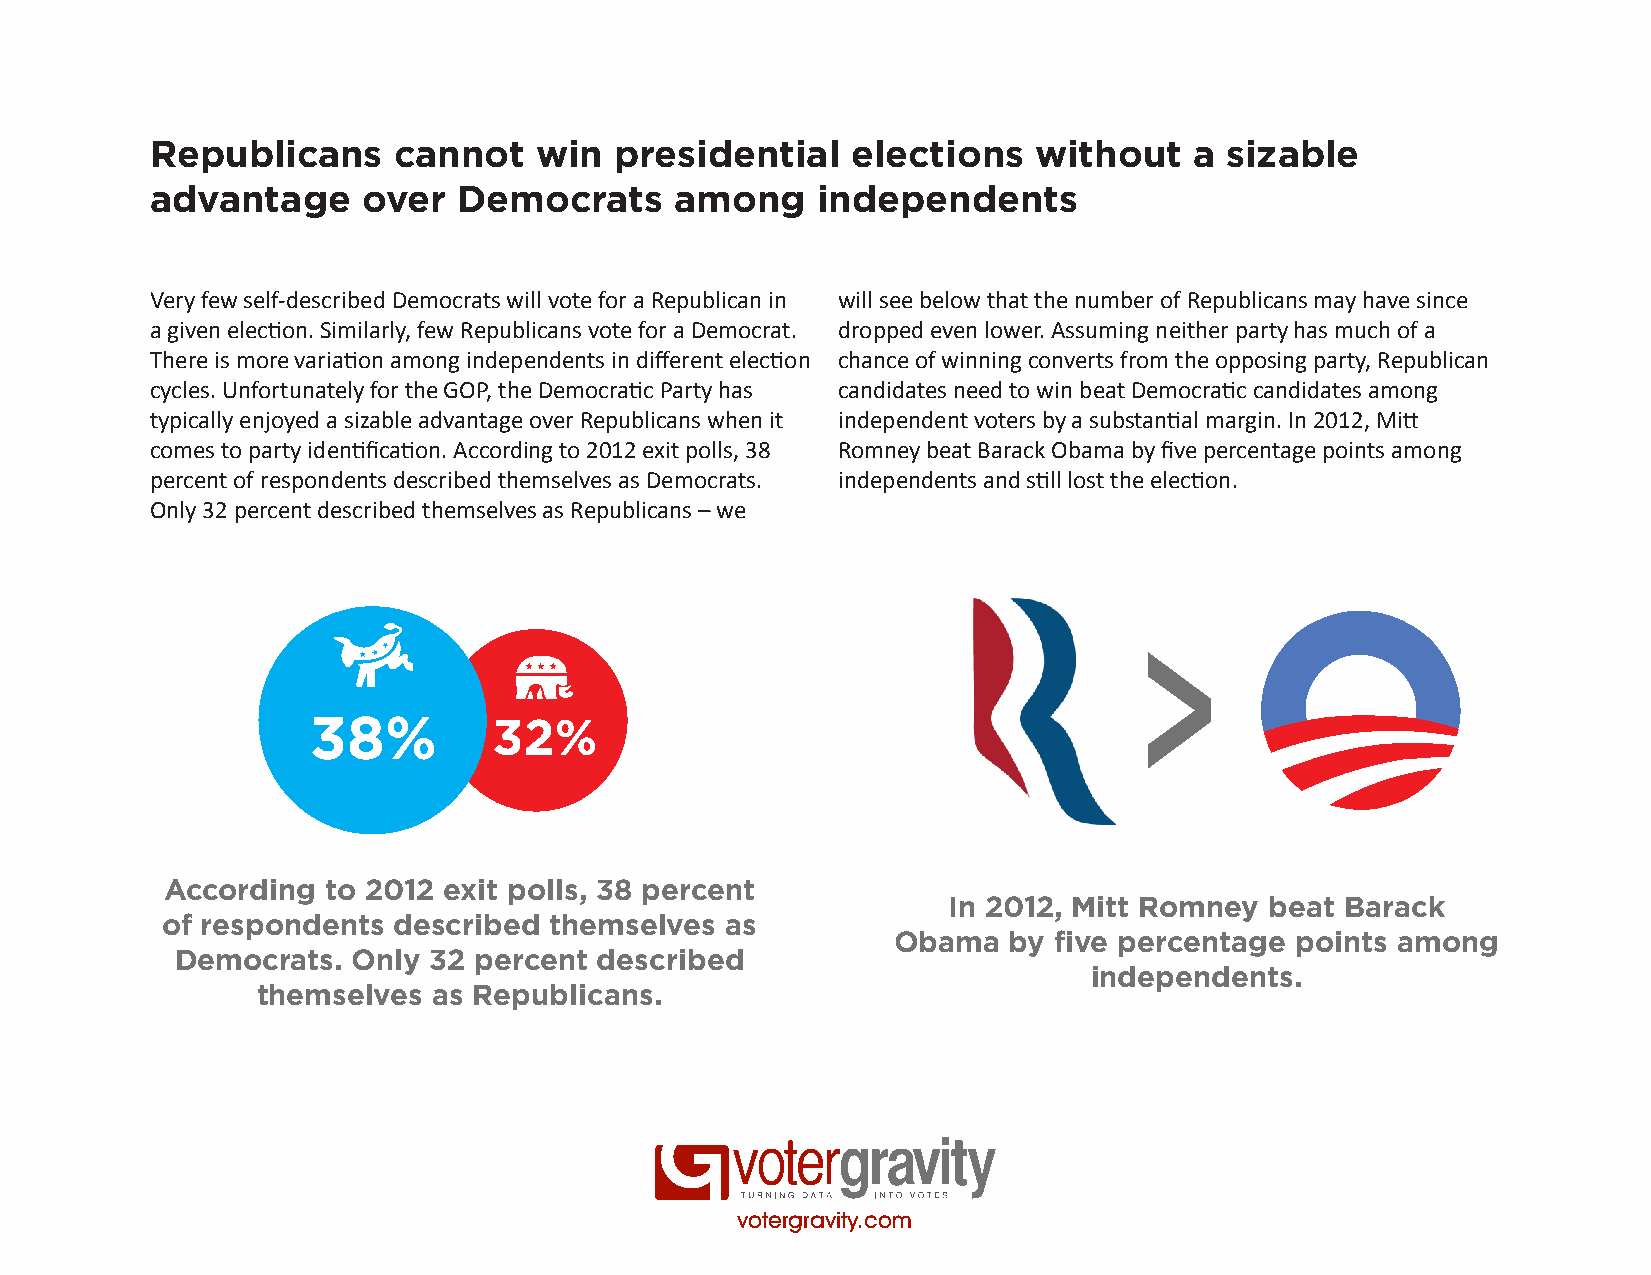
Republicans     cannot   win   presidential   elections   without    a sizable
 advantage     over  Democrats      among    independents
 Very few self-described Democrats will vote for a Republican in will see below that the number of Republicans may have since
 a given election. Similarly, few Republicans vote for a Democrat. dropped even lower. Assuming neither party has much of a
 There is more variation among independents in different election chance of winning converts from the opposing party, Republican
 cycles. Unfortunately for the GOP, the Democratic Party has candidates need to win beat Democratic candidates among
 typically enjoyed a sizable advantage over Republicans when it independent voters by a substantial margin. In 2012, Mitt
 comes to party identification. According to 2012 exit polls, 38 Romney beat Barack Obama by five percentage points among
 percent of respondents described themselves as Democrats. independents and still lost the election.
 Only 32 percent described themselves as Republicans – we
 38%          32%
 According  to 2012 exit polls, 38 percent
 In 2012, Mitt Romney beat Barack
 of respondents described themselves  as
 Obama   by five percentage points among
 Democrats. Only 32 percent  described
 independents.
 themselves  as Republicans.
 votergravity.com